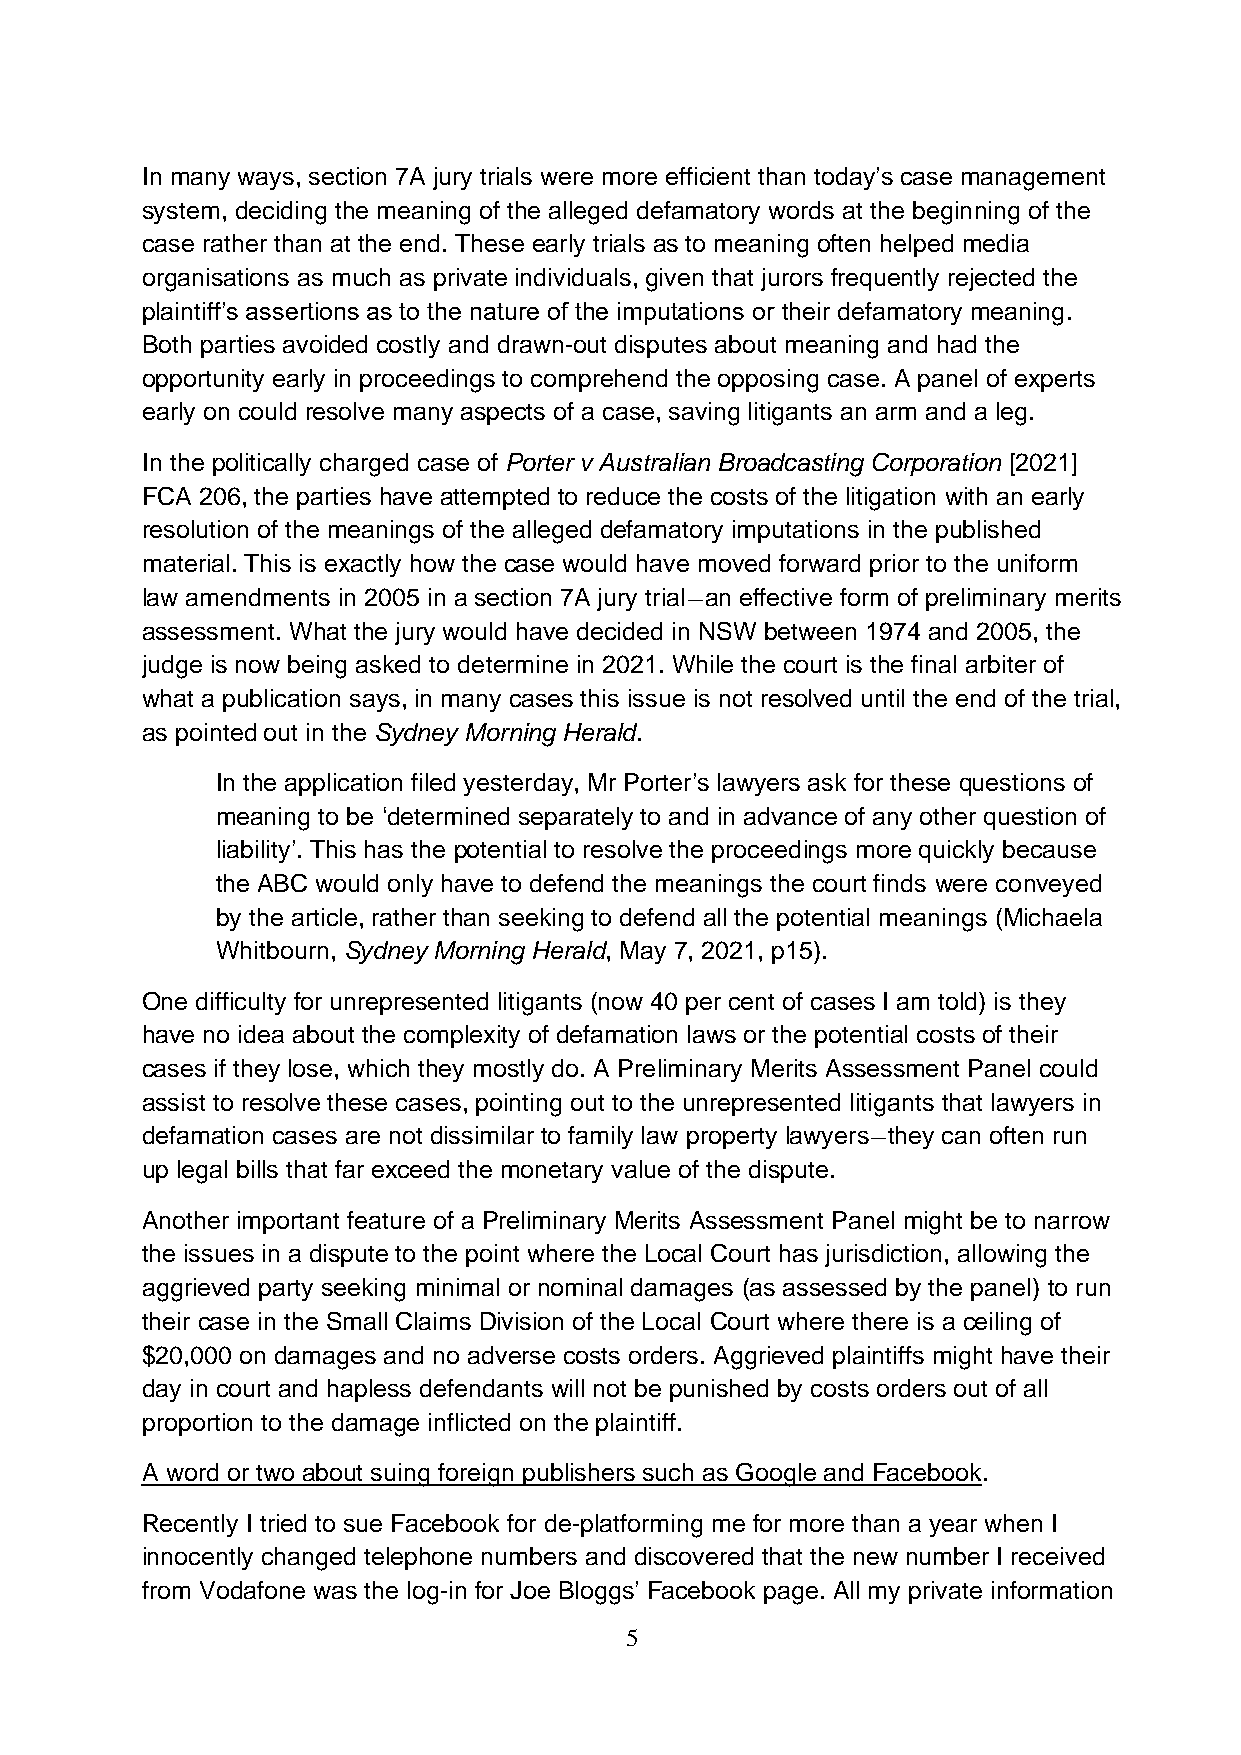
In many ways, section 7A jury trials were more efficient than today’s case management
 system, deciding the meaning of the alleged defamatory words at the beginning of the
 case rather than at the end. These early trials as to meaning often helped media
 organisations as much as private individuals, given that jurors frequently rejected the
 plaintiff’s assertions as to the nature of the imputations or their defamatory meaning.
 Both parties avoided costly and drawn-out disputes about meaning and had the
 opportunity early in proceedings to comprehend the opposing case. A panel of experts
 early on could resolve many aspects of a case, saving litigants an arm and a leg.
 In the politically charged case of Porter v Australian Broadcasting Corporation [2021]
 FCA 206, the parties have attempted to reduce the costs of the litigation with an early
 resolution of the meanings of the alleged defamatory imputations in the published
 material. This is exactly how the case would have moved forward prior to the uniform
 law amendments in 2005 in a section 7A jury trial—an effective form of preliminary merits
 assessment. What the jury would have decided in NSW between 1974 and 2005, the
 judge is now being asked to determine in 2021. While the court is the final arbiter of
 what a publication says, in many cases this issue is not resolved until the end of the trial,
 as pointed out in the Sydney Morning Herald.
 In the application filed yesterday, Mr Porter’s lawyers ask for these questions of
 meaning to be ‘determined separately to and in advance of any other question of
 liability’. This has the potential to resolve the proceedings more quickly because
 the ABC would only have to defend the meanings the court finds were conveyed
 by the article, rather than seeking to defend all the potential meanings (Michaela
 Whitbourn, Sydney Morning Herald, May 7, 2021, p15).
 One difficulty for unrepresented litigants (now 40 per cent of cases I am told) is they
 have no idea about the complexity of defamation laws or the potential costs of their
 cases if they lose, which they mostly do. A Preliminary Merits Assessment Panel could
 assist to resolve these cases, pointing out to the unrepresented litigants that lawyers in
 defamation cases are not dissimilar to family law property lawyers—they can often run
 up legal bills that far exceed the monetary value of the dispute.
 Another important feature of a Preliminary Merits Assessment Panel might be to narrow
 the issues in a dispute to the point where the Local Court has jurisdiction, allowing the
 aggrieved party seeking minimal or nominal damages (as assessed by the panel) to run
 their case in the Small Claims Division of the Local Court where there is a ceiling of
 $20,000 on damages and no adverse costs orders. Aggrieved plaintiffs might have their
 day in court and hapless defendants will not be punished by costs orders out of all
 proportion to the damage inflicted on the plaintiff.
 A word or two about suing foreign publishers such as Google and Facebook.
 Recently I tried to sue Facebook for de-platforming me for more than a year when I
 innocently changed telephone numbers and discovered that the new number I received
 from Vodafone was the log-in for Joe Bloggs’ Facebook page. All my private information
 5